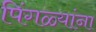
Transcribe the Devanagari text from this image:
पिंगळ्यांना